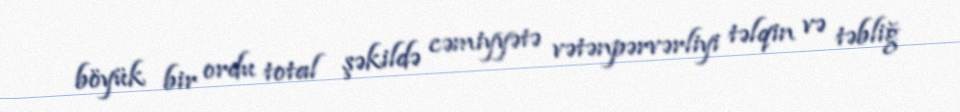
böyük bir ordu total şəkildə cəmiyyətə vətənpərvərliyi təlqin və təbliğ